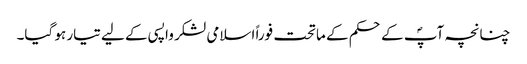
چنانچہ آپؐ کے حکم کے ماتحت فوراً اسلامی لشکر واپسی کے لیے تیار ہو گیا۔